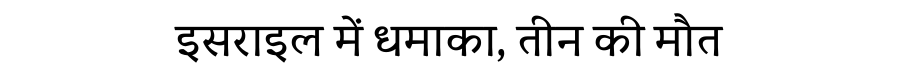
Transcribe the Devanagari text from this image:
इसराइल में धमाका, तीन की मौत